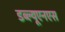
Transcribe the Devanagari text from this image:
डब्ल्यूएनएस